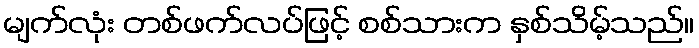
မျက်လုံး တစ်ဖက်လပ်ဖြင့် စစ်သားက နှစ်သိမ့်သည်။